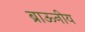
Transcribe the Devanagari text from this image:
ब्राऊनीय